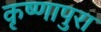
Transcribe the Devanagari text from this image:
कृष्णापुरा